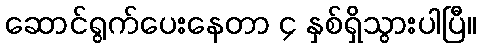
ဆောင်ရွက်ပေးနေတာ ၄ နှစ်ရှိသွားပါပြီ။